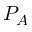
P _ { A }